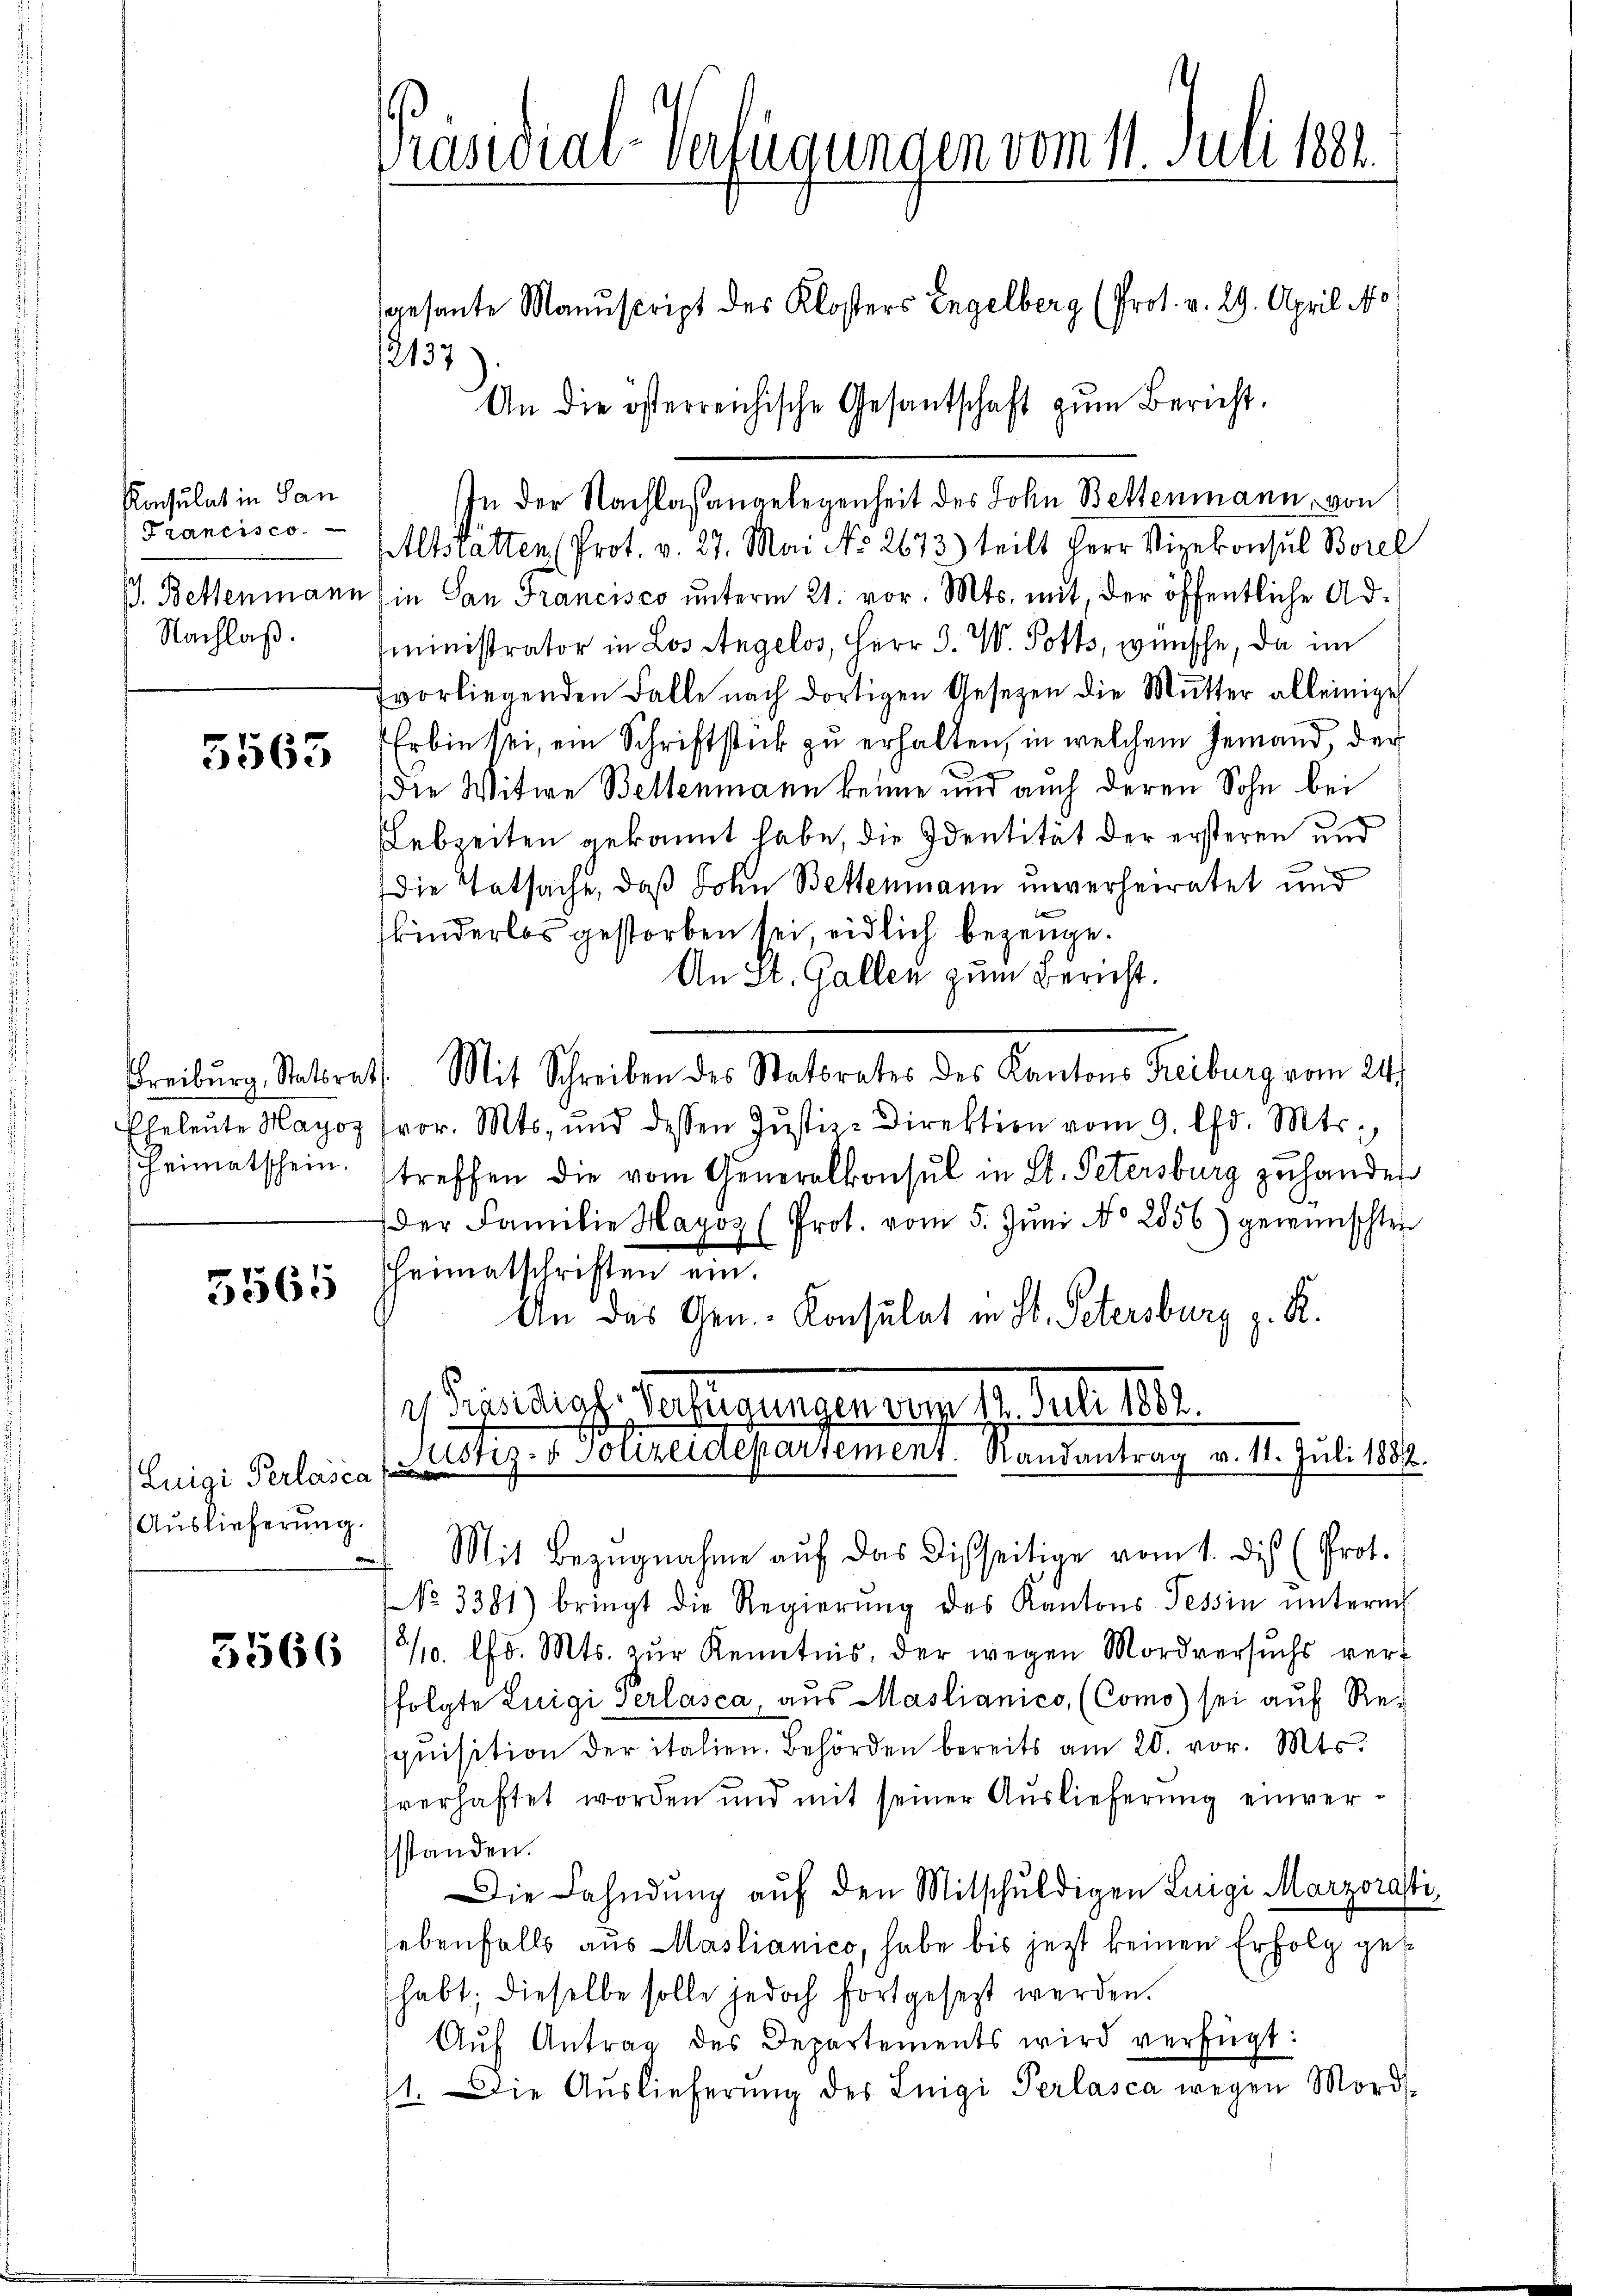
Konsulat in San
Francisco
J. Bettenmann
Nachlaß.

5563

sheimatschein.

5565

Auslieferung.

5566

Präsidial-Verfügungen vom 11. Juli 1881.
gesante Manuscript des Klosters Engelberg (Prot. v. 29. April No

In der Nachlaßangelegenheit des John Bettenmann, von
Altstatten Prot. v. 27. Mai No 2673) teilt Herr Vizekonsul Borel
n (in San Francisco unterm 21. vor. Mts. mit, der öffentliche Adsministrator in Los Angelos, Herr D. W. Pott, wünsche, da im
Evorliegenden Falle nach dortigen Gesetzen die Mutter alleinige
Erbin sei, ein Schriftstück zu erhalten, in welchem Jemand, der
Die Witwe Bellenmann keine und auch deren Sohn bei
Lebzeiten gekannt habe, die Identität der ersteren und
Die Tatsache, daß Sohn Bettenmann unverheiratet und
kinderlos gestorben sei, eidlich bezeuge.
An St. Gallen zum Bericht.
Freiburg, Statsrath. Mit Schreiben des Statorates des Kantons Freiburg vom 24.
Eheleŭte Mayos (vor. Mts. und dessen Jŭstiz-Direktion vom 9. lfd. Mts.
treffen die vom Generalkonsul in St. Petersburg zu hander
der Familie Hayoz (Prot. vom 5. Jŭni No 2856) gewünschten
sheimatschriften ein
An das Gen.- Konsulat in St. Petersburg z. R.
 Sparpf. Versteigungen weg 17. Juli 1891.
Luigi Perlasca Stiz- & Polizeidepartement. Randantrag v. 11. Juli 1881.
Mit Bezugnahme auf das Disseitige vom 1. dis (Prot.
.
NNo. 3381) bringt die Regierŭng des Kantons Tessin ŭnterm
2/10. lfd. Mts. zŭr Kenntnis, der wegen Mordversuchs verfolgte Luigi Perlasca, aus Mastianico, (Como sei auf Re-
qŭisition der italien. Behörden bereits am 20. vor. Mts.
sverhaftet worden und mit seiner Auslieferung einverssstanden.
Die Fahndung auf den Mitschuldigen Luigi Marzorast
hebenfalls aus Mastianico, habe bis jezt keinen Erfolg gehabt; dieselbe solle jedoch fortgesetzt werden.
Aŭf Antrag des Departements wird verfügt:
11. Die Auslieferŭng des Luigi Perlasca wegen Mord-

2137

An die österreichische Gesantschaft zŭm Bericht.